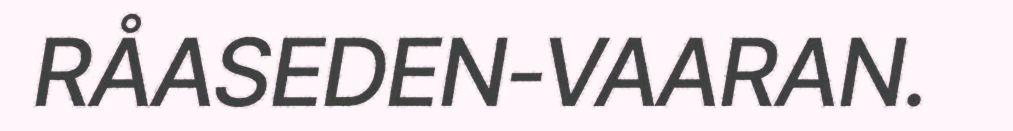
RÅASEDEN-VAARAN.